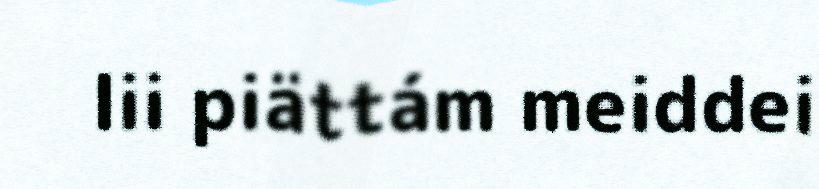
lii piättám meiddei